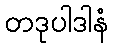
တဒုပါဒါနံ